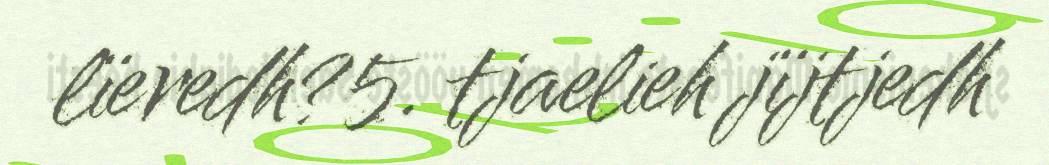
lïeredh?5. tjaelieh jïjtjedh